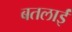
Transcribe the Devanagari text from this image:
बतलाईं